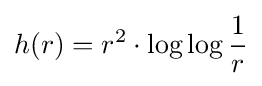
h(r)=r^{2}\cdot \log \log {\frac {1}{r}}